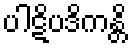
ပါဋိပဒိကန္တိ